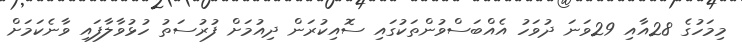
މިމަހުގެ 28އާއި 29ވަނަ ދުވަހު އެއްބަސްވުންތަކުގައި ސޮއިކުރަން ދިއުމަށް ފުރުސަތު ހުޅުވާލާފައި ވާނެކަމަށް